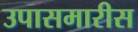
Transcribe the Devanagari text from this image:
उपासमारीस